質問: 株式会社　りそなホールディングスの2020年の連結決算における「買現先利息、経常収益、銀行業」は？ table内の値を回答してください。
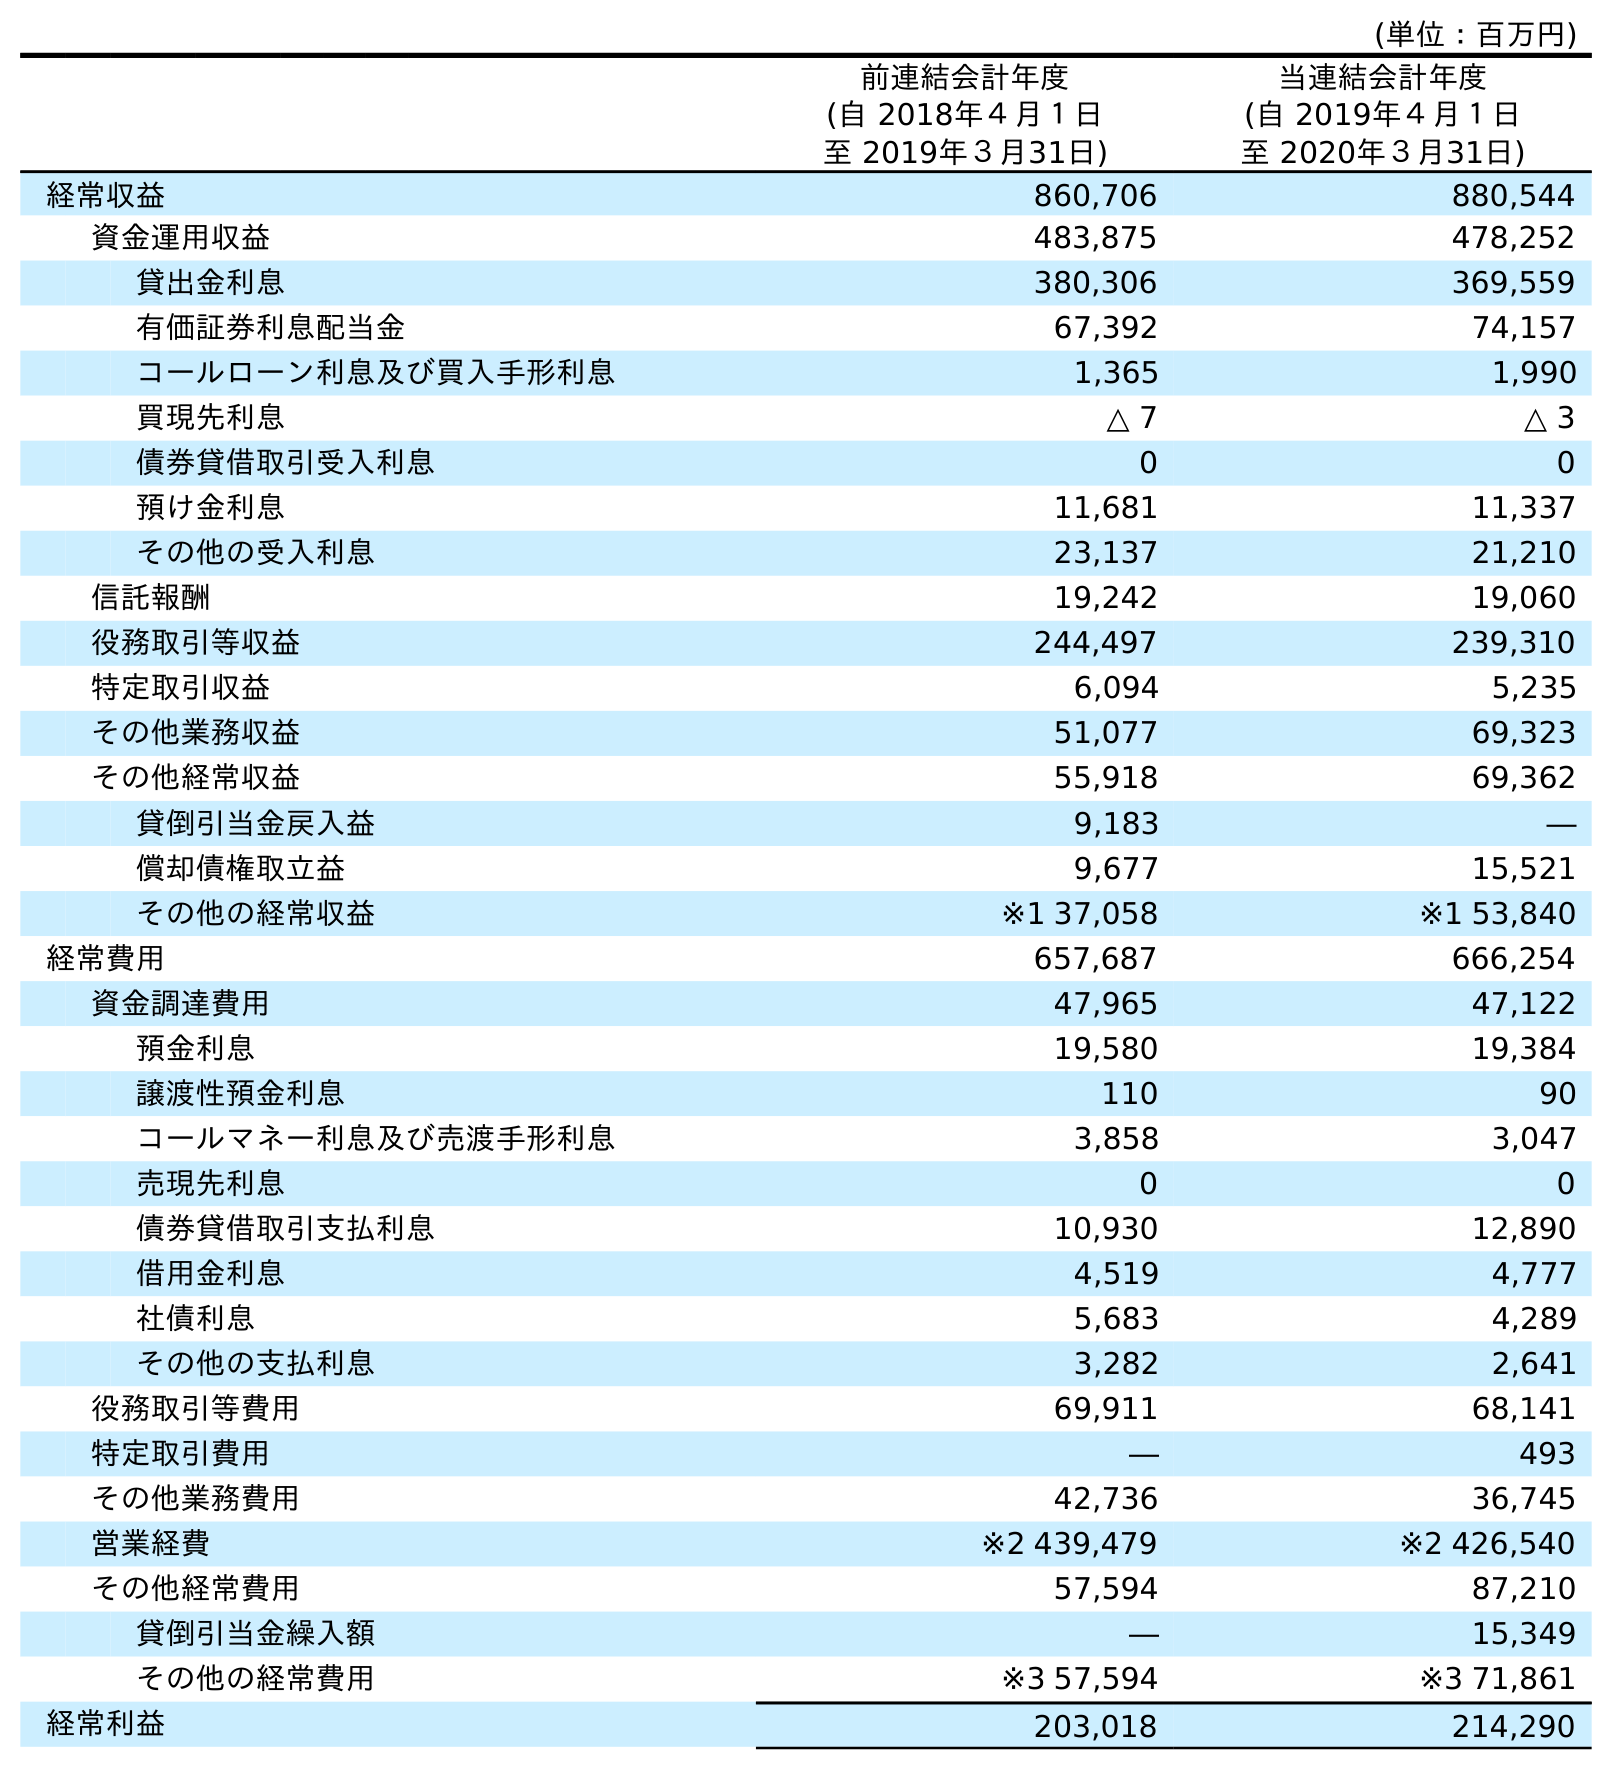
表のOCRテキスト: (単位：百万円) 前連結会計年度 (自 2018年４月１日 至 2019年３月31日) 当連結会計年度 (自 2019年４月１日 至 2020年３月31日) 経常収益 860,706 880,544 資金運用収益 483,875 478,252 貸出金利息 380,306 369,559 有価証券利息配当金 67,392 74,157 コールローン利息及び買入手形利息 1,365 1,990 買現先利息 △ 7 △ 3 債券貸借取引受入利息 0 0 預け金利息 11,681 11,337 その他の受入利息 23,137 21,210 信託報酬 19,242 19,060 役務取引等収益 244,497 239,310 特定取引収益 6,094 5,235 その他業務収益 51,077 69,323 その他経常収益 55,918 69,362 貸倒引当金戻入益 9,183 ― 償却債権取立益 9,677 15,521 その他の経常収益 ※1 37,058 ※1 53,840 経常費用 657,687 666,254 資金調達費用 47,965 47,122 預金利息 19,580 19,384 譲渡性預金利息 110 90 コールマネー利息及び売渡手形利息 3,858 3,047 売現先利息 0 0 債券貸借取引支払利息 10,930 12,890 借用金利息 4,519 4,777 社債利息 5,683 4,289 その他の支払利息 3,282 2,641 役務取引等費用 69,911 68,141 特定取引費用 ― 493 その他業務費用 42,736 36,745 営業経費 ※2 439,479 ※2 426,540 その他経常費用 57,594 87,210 貸倒引当金繰入額 ― 15,349 その他の経常費用 ※3 57,594 ※3 71,861 経常利益 203,018 214,290
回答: △3